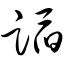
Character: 蹈